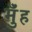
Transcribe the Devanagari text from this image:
मुँंह